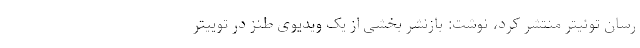
رسان توئیتر منتشر کرد، نوشت: بازنشر بخشی از یک ویدیوی طنز در توییتر